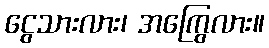
ငွေသားလား၊ အကြွေလား။